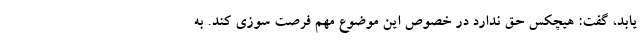
یابد، گفت: هیچکس حق ندارد در خصوص این موضوع مهم فرصت سوزی کند. به